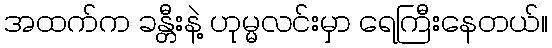
အထက်က ခန္တီးနဲ့ ဟုမ္မလင်းမှာ ရေကြီးနေတယ်။